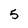
Character: 5